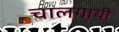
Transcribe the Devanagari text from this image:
चालगायी